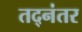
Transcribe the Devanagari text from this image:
तद्‌नंतर